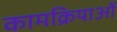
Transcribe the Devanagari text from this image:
कामक्रियाओं